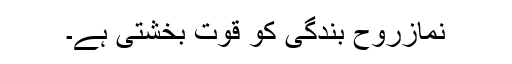
نمازروحِ بندگی کو قوت بخشتی ہے۔